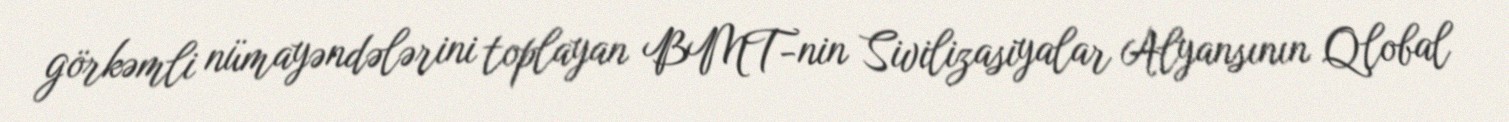
görkəmli nümayəndələrini toplayan BMT-nin Sivilizasiyalar Alyansının Qlobal